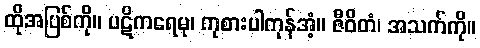
ထိုအပြစ်ကို။ ပဋိကရေမု၊ ကုစားပါကုန်အံ့။ ဇီဝိတံ၊ အသက်ကို။